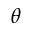
\theta